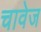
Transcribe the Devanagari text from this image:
चावेज